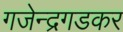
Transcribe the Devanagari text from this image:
गजेन्द्रगडकर